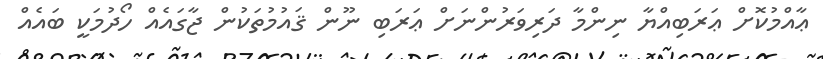
ޢާއްމުކޮށް ޢަރަބިއްޔާ ނިންމާ ދަރިވަރުންނަށް ޢަރަބި ނޫން ޤައުމުތަކުން ޖާގައެއް ހޯދުމަކީ ބައެއް